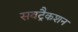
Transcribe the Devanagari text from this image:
सबट्रैकशन